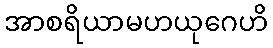
အာစရိယာမဟယုဂေဟိ